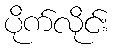
ပိုက်လိုင်း